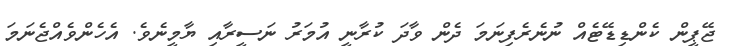
ޖޭޕީން ކެންޑިޑޭޓެއް ނުނެރެފިނަމަ ދެން ވާދަ ކުރާނީ އުމަރު ނަސީރާއި ޔާމީނެވެ. އެހެންވެއްޖެނަމަ